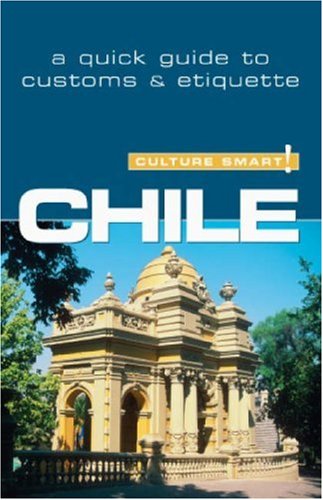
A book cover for Chile - Culture Smart!: the essential guide to customs & culture; Caterina Perrone; Business & Money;